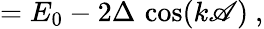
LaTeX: =E_{0}-2\Delta\, \cos(k\mathscr{A})\ ,